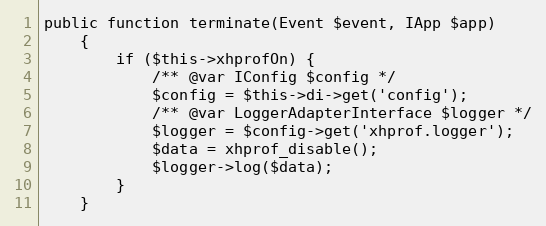
Language: PHP
public function terminate(Event $event, IApp $app)
    {
        if ($this->xhprofOn) {
            /** @var IConfig $config */
            $config = $this->di->get('config');
            /** @var LoggerAdapterInterface $logger */
            $logger = $config->get('xhprof.logger');
            $data = xhprof_disable();
            $logger->log($data);
        }
    }